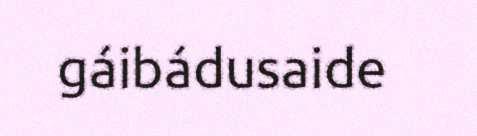
gáibádusaide